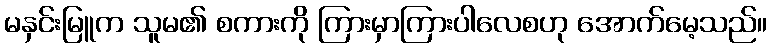
မနှင်းမြူက သူမ၏ စကားကို ကြားမှာကြားပါလေစဟု အောက်မေ့သည်။